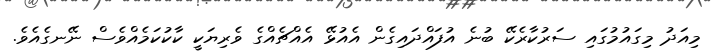
މިއަދު މިގައުމުގައި ސަރުކާރެކޭ ބުނެ އުފައްދައިގެން އެއުޅޭ އެއްޗެއްގެ ވެރިޔަކީ ކާކުކަމެއްވެސް ނޭނގެއެވެ.